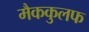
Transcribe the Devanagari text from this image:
मैककुलफ